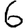
Digit: 6